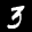
Label: 3